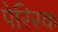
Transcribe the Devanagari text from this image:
पेरिस्क